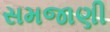
સમજાણી